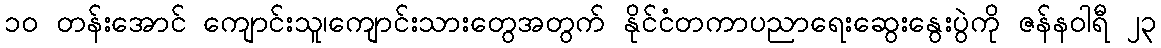
၁၀ တန်းအောင် ကျောင်းသူ၊ကျောင်းသားတွေအတွက် နိုင်ငံတကာပညာရေးဆွေးနွေးပွဲကို ဇန်နဝါရီ ၂၃